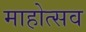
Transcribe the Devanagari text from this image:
माहोत्सव